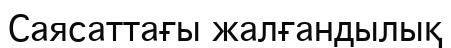
Саясаттағы жалғандылық